system: You are a helpful assistant.
user:
Analyze the provided spectrum to determine if it is a **Carbon Star (C-type)**.

- **Key Visual Indicators of Carbon Star:**
    - **(Primary):** Strong molecular absorption from **C₂ (diatomic carbon) "Swan Bands."** This is the **defining feature** of a carbon star.
        - **(Key Bandheads):** Sharp absorption edges are visible at approximately $5635$ Å, $5165$ Å (the strongest band), and $4737$ Å.
        - **(Line Profile):** Creates a distinct **"saw-tooth"** pattern. The key morphology is a sharp, steep bandhead on the **red (long-wavelength) side**, which then gradually tapers off (i.e., flux recovers) towards the **blue (short-wavelength) side**. *(This is the direct opposite of the TiO bands seen in M-type stars)*.

    - **(Secondary):** Intense **CN (cyanogen)** molecular absorption bands.
        - **(Key Bandheads):** Located in the blue and violet regions of the spectrum (e.g., near $4215$ Å and $3883$ Å).
        - **(Morphology):** These bands are extremely broad and act as a "blanket," absorbing the vast majority of blue and violet light. This creates a characteristic **"cliff"** or **"steep drop-off"** in the spectrum's flux at short wavelengths.

    - **(Key Confirmation):** Strong **CH absorption band (G-band)**.
        - **(Key Bandhead):** Located around $4300$ Å. The contribution from CH molecules to this band is exceptionally strong.

    - **(Overall Spectrum):**
        - The continuum is severely "chopped up" by these deep molecular bands, especially C₂, rather than appearing as a smooth curve.
        - Due to the heavy CN and C₂ absorption in the blue-green, the vast majority of the star's flux is concentrated in the red part of the spectrum, giving the star its characteristic deep red color.

Think first, call **spectral_visualization_tool** if needed to examine features in detail, then provide your final answer. Your response must adhere to the following strict rules:
1.  **Overall Structure:** Your response must follow the format `<think>...</think> <tool_call>...</tool_call> (if a tool is used) <answer>...</answer>`.
2.  **Tool Usage Constraint:** You may only make **one** tool call per turn.
3.  **Final Answer Format:** In the `<answer>` tag, your conclusion must be inside a `\boxed{}` command (e.g., `\boxed{YES}`), followed by your justification.

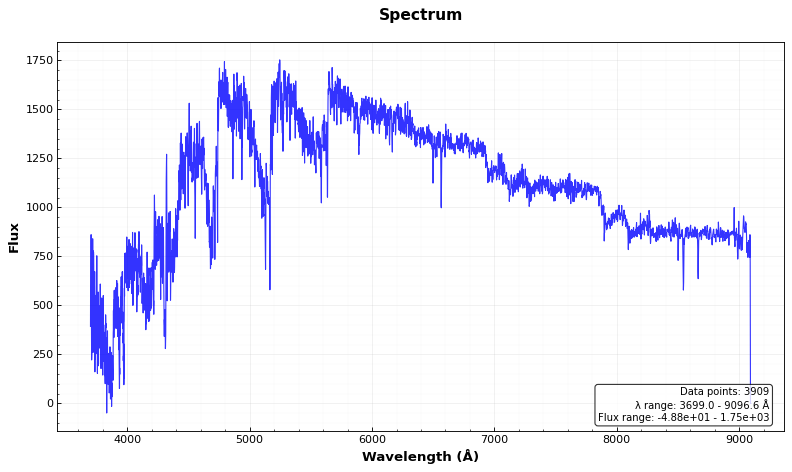
Answer: YES